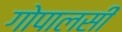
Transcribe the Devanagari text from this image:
गोपालसीं